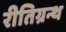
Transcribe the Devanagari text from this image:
रीतिग्रन्थ